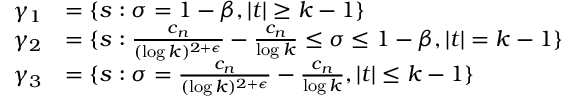
\begin{array} { r l } { \gamma _ { 1 } } & { = \{ s : \sigma = 1 - \beta , | t | \geq k - 1 \} } \\ { \gamma _ { 2 } } & { = \{ s : \frac { c _ { n } } { ( \log k ) ^ { 2 + \epsilon } } - \frac { c _ { n } } { \log k } \leq \sigma \leq 1 - \beta , | t | = k - 1 \} } \\ { \gamma _ { 3 } } & { = \{ s : \sigma = \frac { c _ { n } } { ( \log k ) ^ { 2 + \epsilon } } - \frac { c _ { n } } { \log k } , | t | \leq k - 1 \} } \end{array}